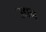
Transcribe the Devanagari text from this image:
उद्यन